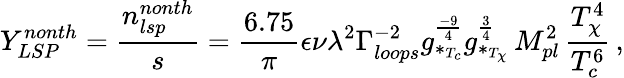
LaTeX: Y_{LSP}^{nonth}={\frac{n_{lsp}^{nonth}}{s}}={\frac{6.75}{\pi}}\epsilon\nu\lambda^{2}\Gamma_{loops}^{-2}g_{*_{T_{c}}}^{\frac{-9}{4}}g_{*_{T_{\chi}}}^{\frac{3}{4}}\, M_{pl}^{2}\, {\frac{T_{\chi}^{4}}{T_{c}^{6}}}\, ,